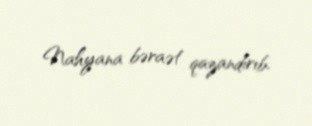
Nahyana bəraət qazandırıb.